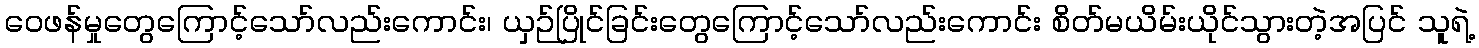
ဝေဖန်မှုတွေကြောင့်သော်လည်းကောင်း၊ ယှဉ်ပြိုင်ခြင်းတွေကြောင့်သော်လည်းကောင်း စိတ်မယိမ်းယိုင်သွားတဲ့အပြင် သူရဲ့